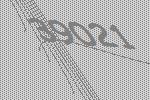
39021